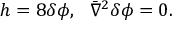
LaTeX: h = 8 \delta \phi , ~ ~ \bar { \nabla } ^ { 2 } \delta \phi = 0 .